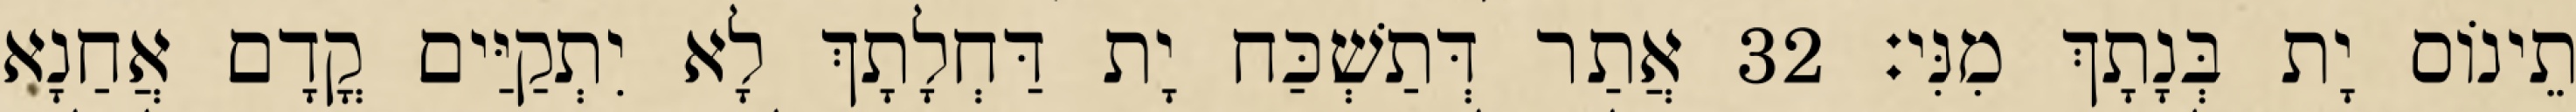
תֵינוֹס יָת בְּנָתָךְ מִנִּי׃ 32 אֲתַר דְּתַשְׁכַּח יָת דַּחְלָתָךְ לָא יִתְקַיַּים קֳדָם אֲחַנָא